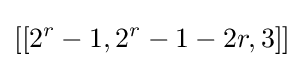
[[2^{r}-1,2^{r}-1-2r,3]]